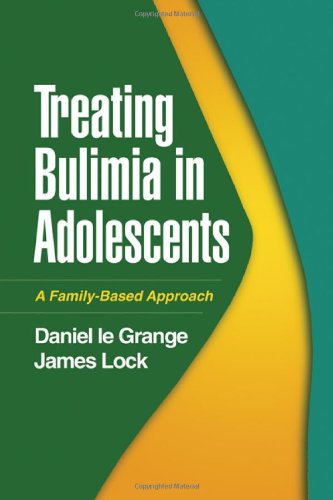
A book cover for Treating Bulimia in Adolescents: A Family-Based Approach; Daniel Le Grange PhD; Health, Fitness & Dieting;